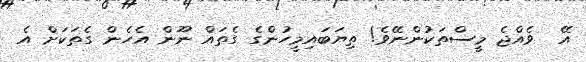
އޭ  ވެއްޖެ މީސްތަކުންނޭވެ! ތިޔަބައިމީހުންގެ ގެތައް ނޫން އެހެން ގެތަކަށް އެ